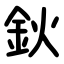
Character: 鈥